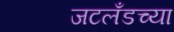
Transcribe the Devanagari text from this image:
जटलँडच्या